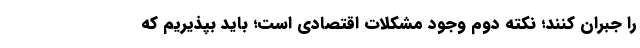
را جبران کنند؛ نکته دوم وجود مشکلات اقتصادی است؛ باید بپذیریم که